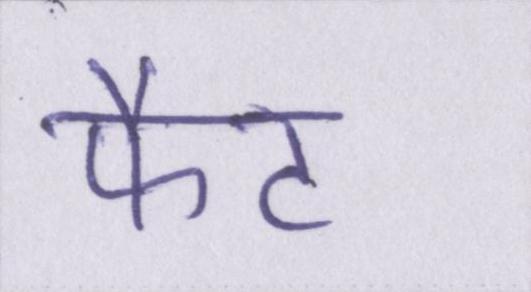
फैट